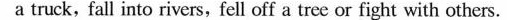
a truck,fall into rivers, fell off a tree or fight with others.